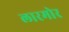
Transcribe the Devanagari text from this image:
लारमोर